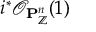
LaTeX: i ^ { * } { \mathcal { O } } _ { \mathbf { P } _ { \mathbb { Z } } ^ { n } } ( 1 )